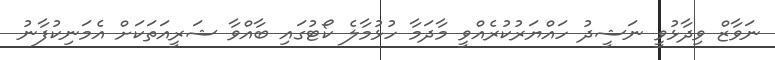
ނަވާޒް ވިދާޅުވީ ނަޝީދު ހައްޔަރުކުރެއްވީ މާދަމާ ހުޅުމާލެ ކޯޓުގައި ބާއްވާ ޝަރީއަތަކަށް އެމަނިކުފާނު